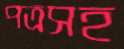
পত্রসহ